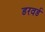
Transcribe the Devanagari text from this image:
डरवर्ड